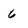
Character: 6